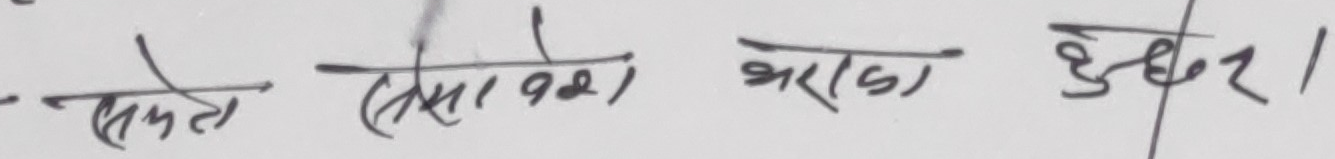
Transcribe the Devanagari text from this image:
सकता (सता 1921) भरका हुन्छ।